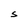
Character: S